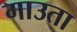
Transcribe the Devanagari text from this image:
गाउता